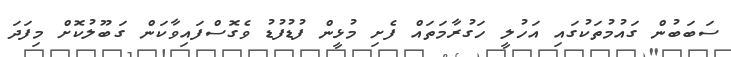
ސަބަބުން ގައުމުތަކުގައި އަހުލީ ހަގުރާމަތައް ފެށި މުޅީން ފުޑުފުޑު ވެގޮސްފައިވާކަން ގަބޫލުކޮށް މިފަދަ